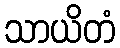
သာယိတံ